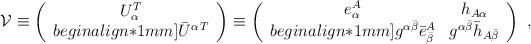
LaTeX: \begin{align*}{\cal V}\equiv\left( \begin{array}{c} U_\alpha ^T \\begin{align*}1mm] \bar U^{\alpha\,T} \end{array}\right) \equiv\left( \begin{array}{cc}e_\alpha^A &h_{A\alpha}\\begin{align*}1mm] g^{\alpha \bar\beta}\bar e^A_{\bar \beta} &g^{\alpha \bar\beta}\bar h_{A\bar \beta}\end{array}\right) \ , \end{align*}